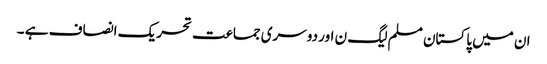
ان میں پاکستان مسلم لیگ ن اور دوسری جماعت تحریک انصاف ہے ۔